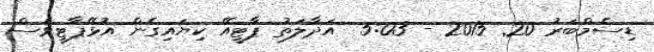
ޑިސެމްބަރު 20